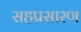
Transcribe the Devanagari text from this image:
सहप्रसारण